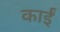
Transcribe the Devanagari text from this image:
काईं